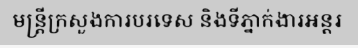
មន្ត្រីក្រសួងការបរទេស និងទីភ្នាក់ងារអន្តរ